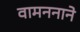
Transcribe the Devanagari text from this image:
वामननाने